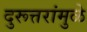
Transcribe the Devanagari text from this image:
दुरूत्तरांमुळे